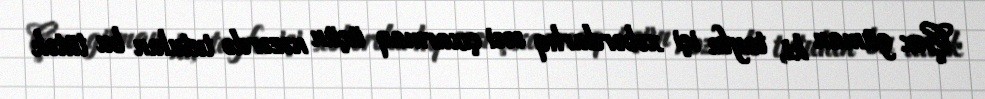
Çox güman ki, tayfa içi xəbərdarlıq səsi çıxarmaq üçün nəzərdə tutulan bu tütək